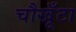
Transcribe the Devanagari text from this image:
चौखूँटा